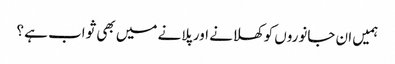
ہمیں ان جانوروں کو کھلانے اور پلانے میں بھی ثواب ہے ؟